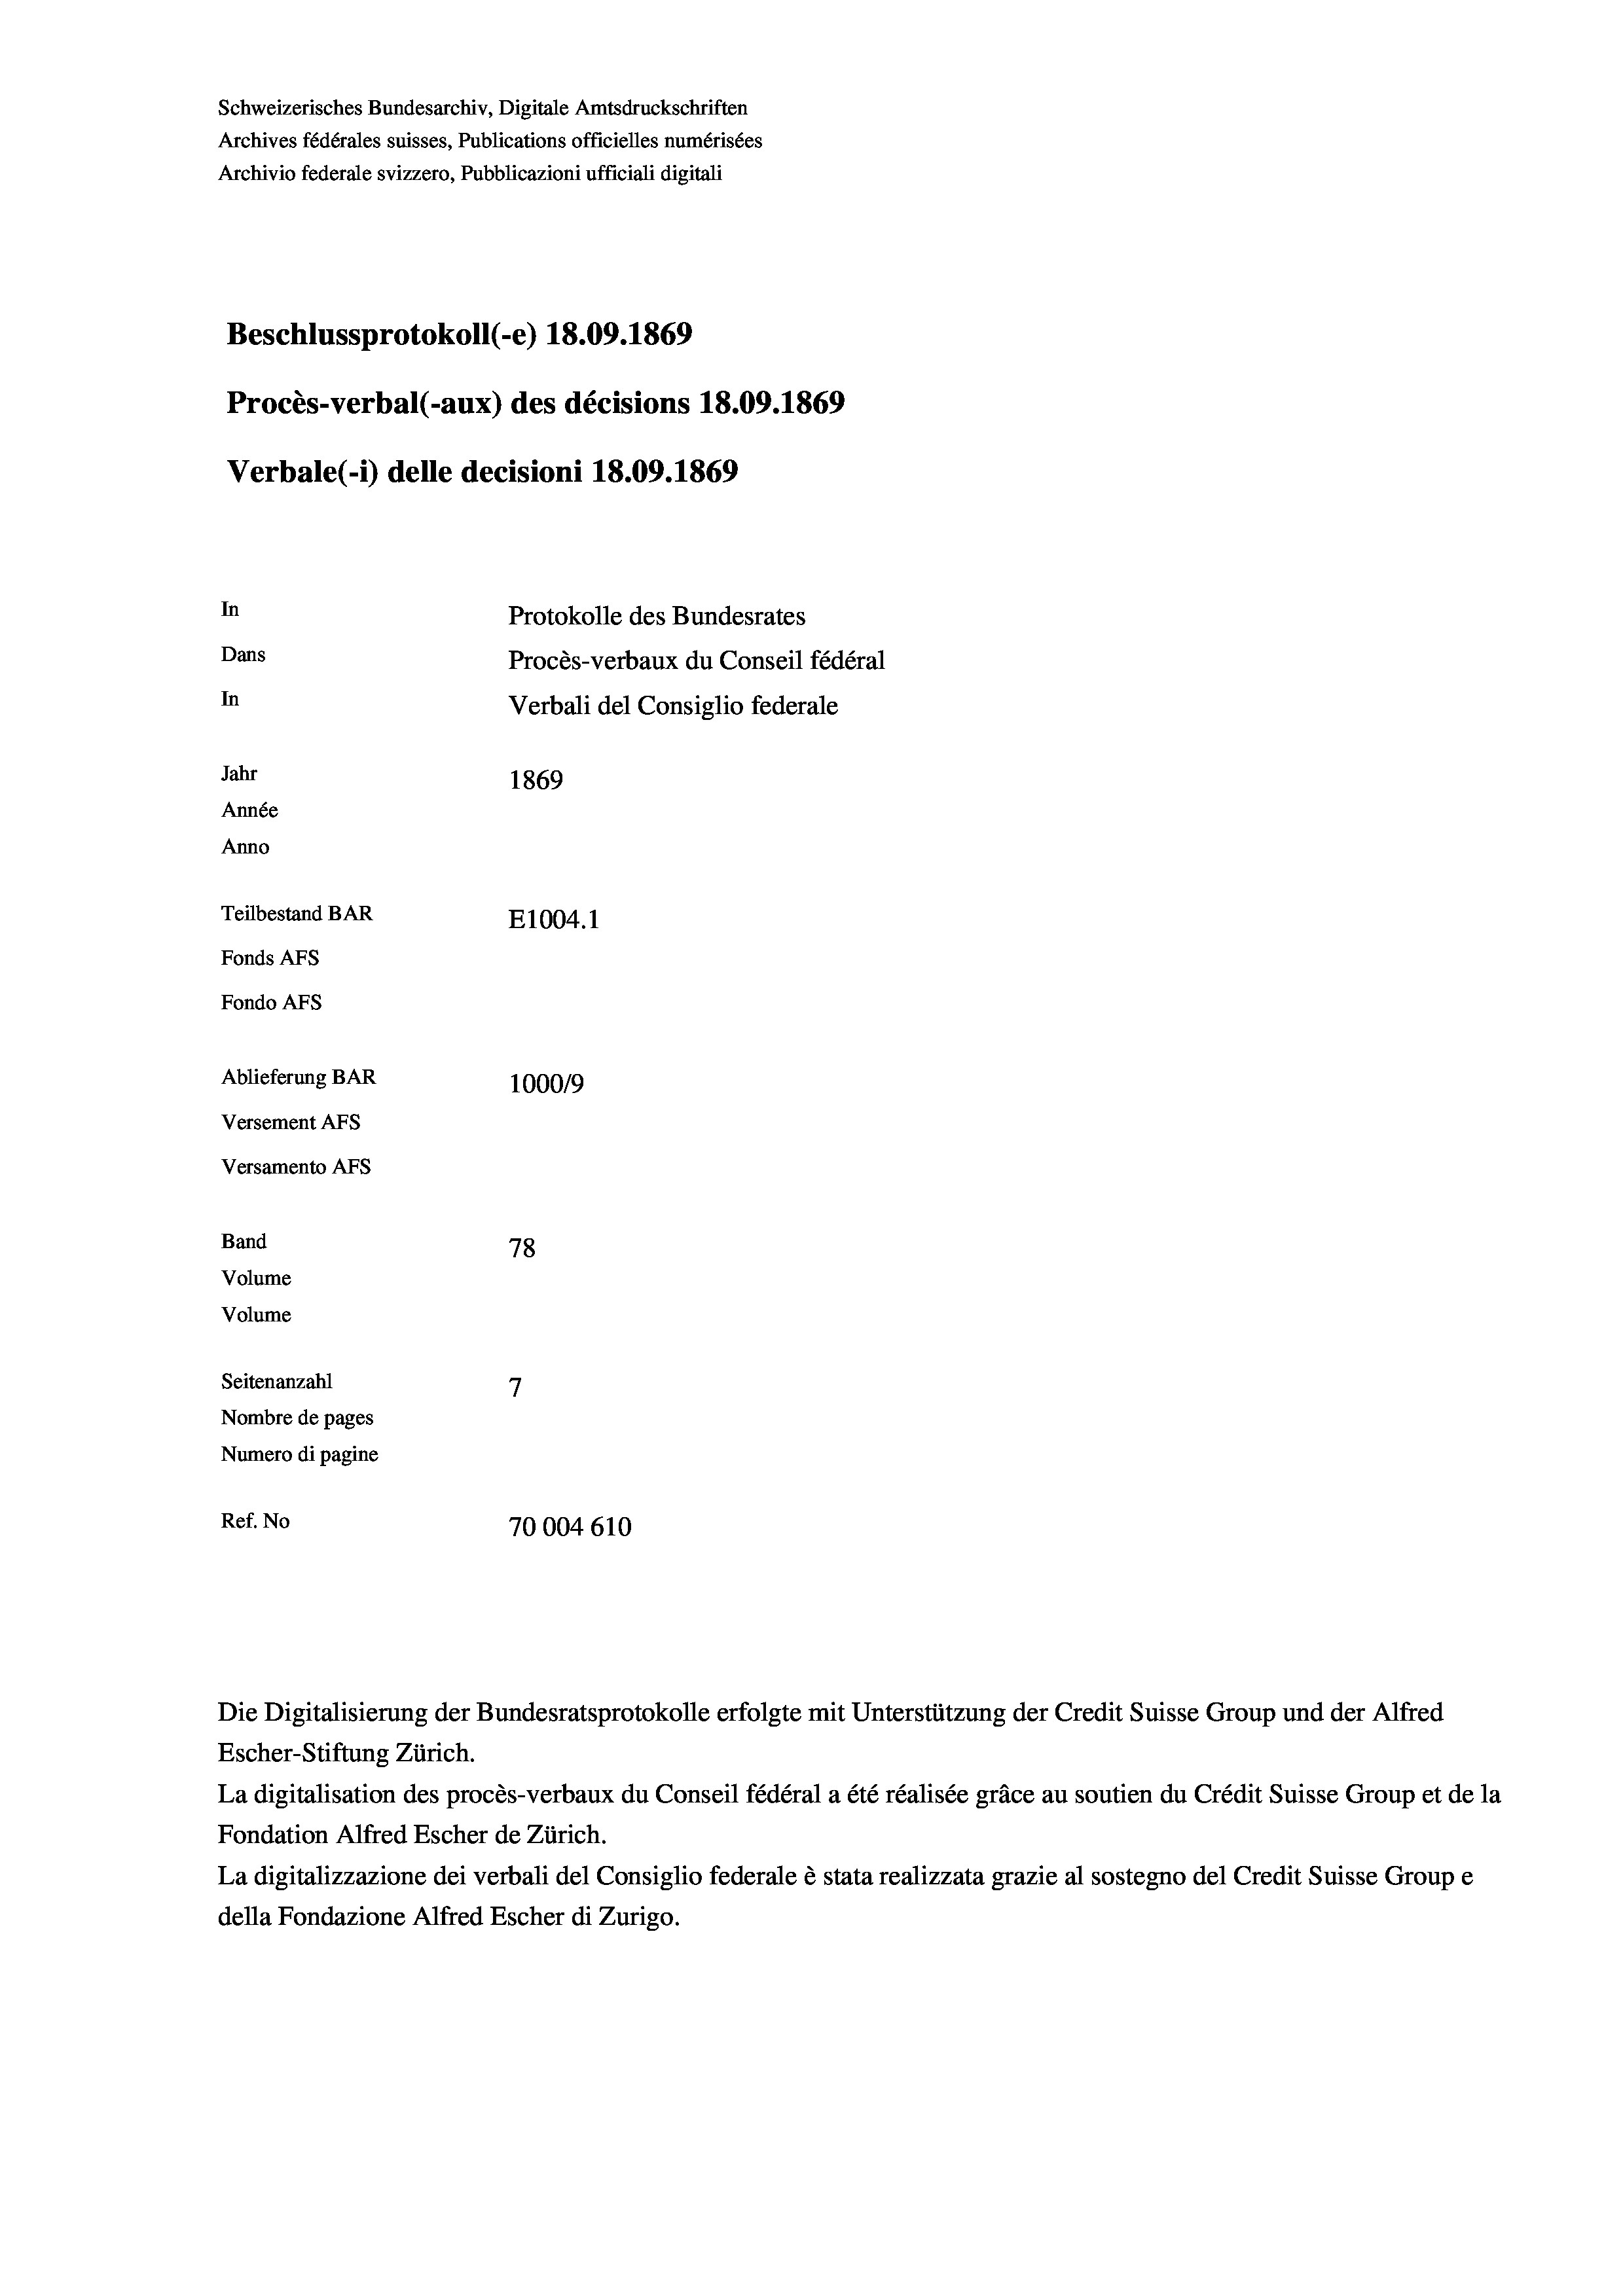
Schweizerisches Bundesarchiv, Digitale Amtsdruckschriften
Archives fédérales suisses, Publications officielles numérisées
Archivio federale svizzero, Pubblicazioni ufficiali digitali
Beschlussprotokoll (-e) 18.09. 1869
Procès-verbal (-aux) des décisions 18.09. 1869
Verbale (i) delle decisioni 18.09. 1869
In
Protokolle des Bundesrates
Dans
Procès-verbaux du Conseil fédéral
In
Verbali del Consiglio federale
Jahr
1869
Année
Anno
Teilbestand BAR
E1004. 1
Fonds Afs
Fondo AFs

Ablieferung BAR
Versement AFS
Versamento Afs
Band
Volume
Volume

100019
78
7
Seitenanzahl
Nombre de pages
Numero di pagine
Ref. No
70004610

Escher-Stiftung Zürich.
La digitalisation des procès-verbaux du Conseil fédéral a été réalisée gräce au soutien du Crédit Suisse Group et de la
Fondation Alfred Escher de Zürich.
La digitalizzazione dei verbali del Consiglio federale è stata realizzata grazie al sostegno del Credit Suisse Groupe
della Fondazione Alfred Escher di Zurigo.

Die Digitalisierung der Bundesratsprotokolle erfolgte mit Unterstützung der Credit Suisse Group und der Alfred